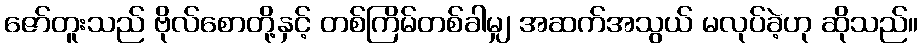
ဇော်တူးသည် ဗိုလ်စောတို့နှင့် တစ်ကြိမ်တစ်ခါမျှ အဆက်အသွယ် မလုပ်ခဲ့ဟု ဆိုသည်။